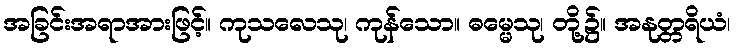
အခြင်းအရာအားဖြင့်။ ကုသလေသု၊ ကုန်သော။ ဓမ္မေသု၊ တို့၌။ အနုတ္တရိယံ၊